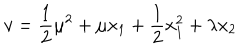
LaTeX: v = \frac { 1 } { 2 } \mu ^ { 2 } + \mu x _ { 1 } + \frac { 1 } { 2 } x _ { 1 } ^ { 2 } + \lambda x _ { 2 }